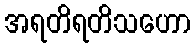
အရတိရတိသဟော